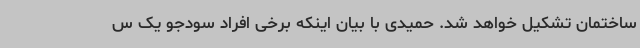
ساختمان تشکیل خواهد شد. حمیدی با بیان اینکه برخی افراد سودجو یک س